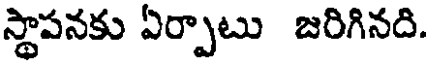
స్థాపనకు ఏర్పాటు జరిగినది.